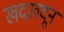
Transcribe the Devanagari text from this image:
खदखदून